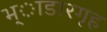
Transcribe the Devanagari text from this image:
भ्ाडारगृह